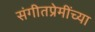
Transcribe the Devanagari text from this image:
संगीतप्रेमींच्या